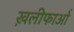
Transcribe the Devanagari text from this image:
ख़लीफाओं